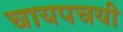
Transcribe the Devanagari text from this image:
चायपचयी